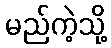
မည်ကဲ့သို့